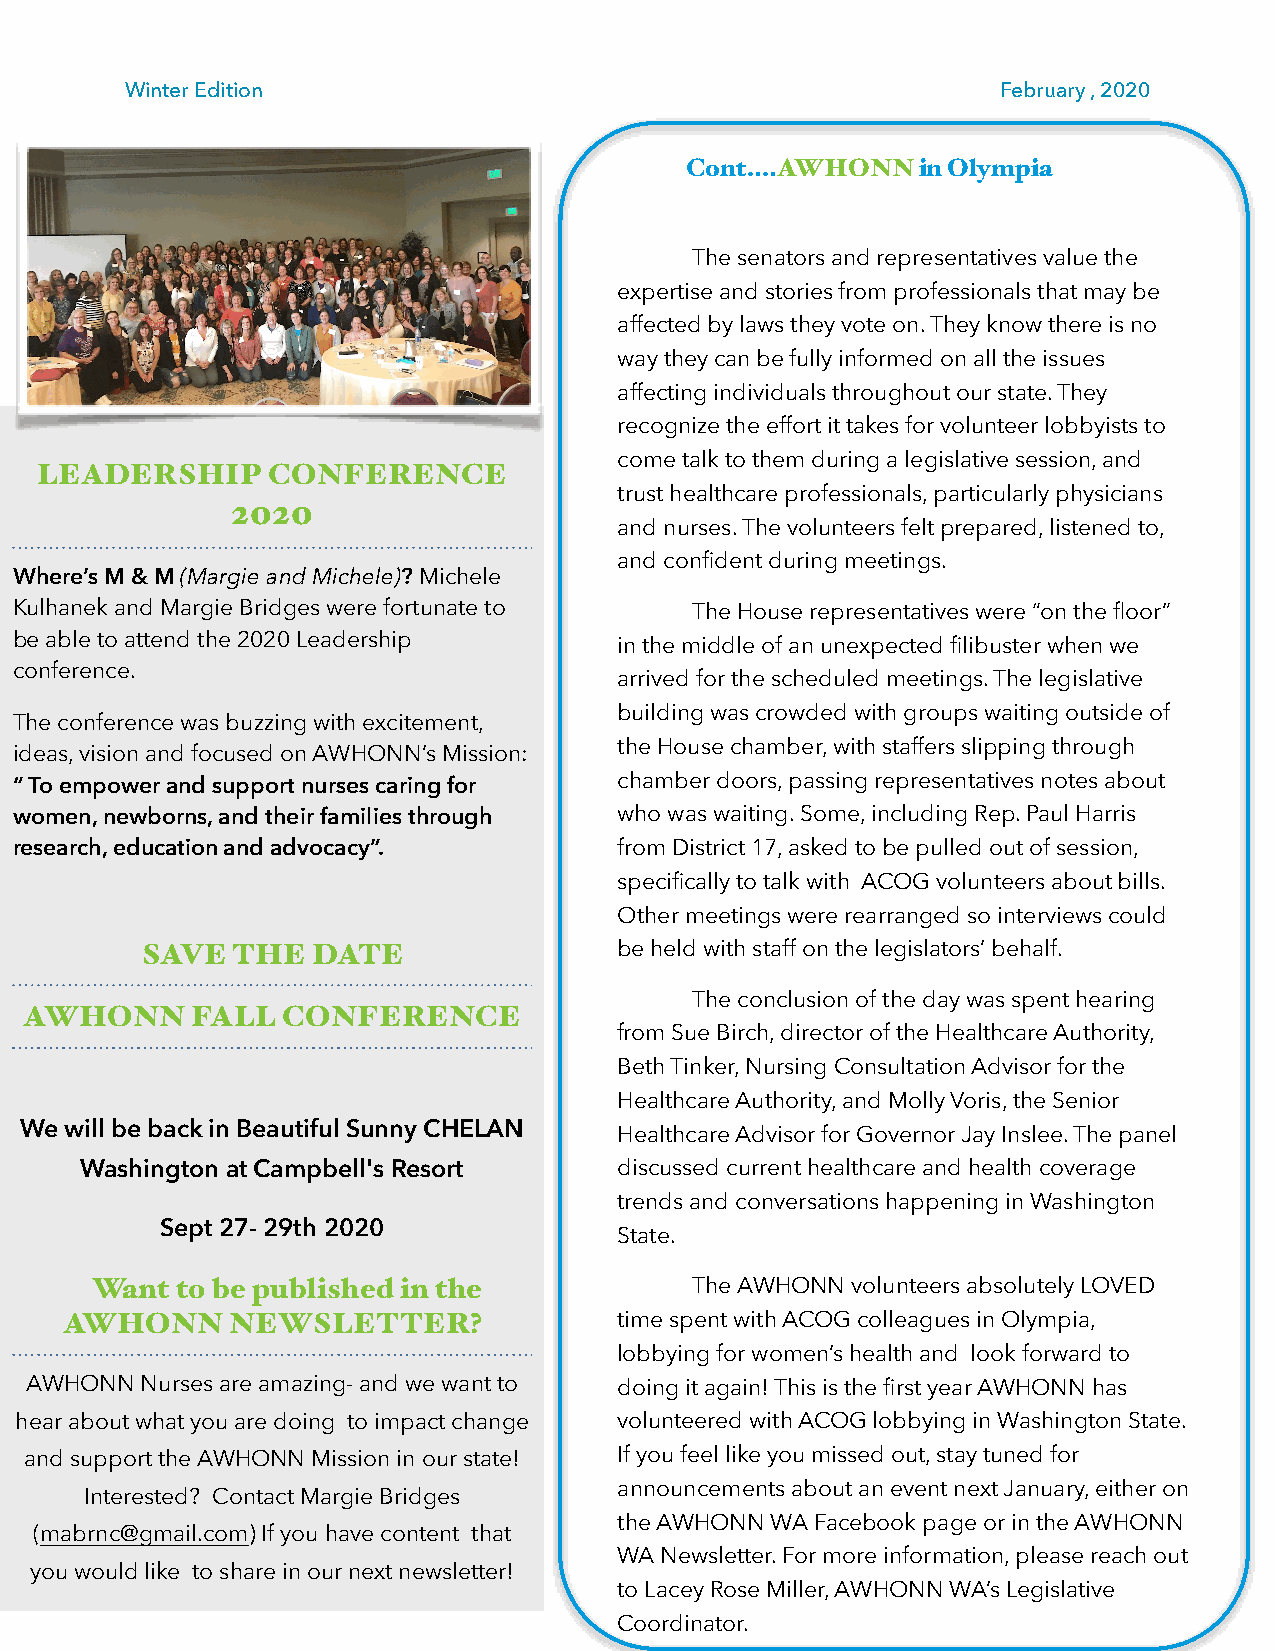
Winter Edition                                            February , 2020
 Cont….AWHONN    in Olympia
 The senators and representatives value the
 expertise and stories from professionals that may be
 affected by laws they vote on. They know there is no
 way they can be fully informed on all the issues
 affecting individuals throughout our state. They
 recognize the effort it takes for volunteer lobbyists to
 come talk to them during a legislative session, and
 LEADERSHIP      CONFERENCE
 trust healthcare professionals, particularly physicians
 2020
 and nurses. The volunteers felt prepared, listened to,
 and confident during meetings.
 Where’s M & M (Margie and Michele)? Michele
 Kulhanek and Margie Bridges were fortunate to The House representatives were “on the floor”
 be able to attend the 2020 Leadership   in the middle of an unexpected filibuster when we
 conference.
 arrived for the scheduled meetings. The legislative
 building was crowded with groups waiting outside of
 The conference was buzzing with excitement,
 the House chamber, with staffers slipping through
 ideas, vision and focused on AWHONN’s Mission:
 “ To empower and support nurses caring for chamber doors, passing representatives notes about
 women, newborns, and their families through who was waiting. Some, including Rep. Paul Harris
 research, education and advocacy”.      from District 17, asked to be pulled out of session,
 specifically to talk with ACOG volunteers about bills.
 Other meetings were rearranged so interviews could
 SAVE  THE   DATE                be held with staff on the legislators’ behalf.
 The conclusion of the day was spent hearing
 AWHONN     FALL  CONFERENCE
 from Sue Birch, director of the Healthcare Authority,
 Beth Tinker, Nursing Consultation Advisor for the
 Healthcare Authority, and Molly Voris, the Senior
 We will be back in Beautiful Sunny CHELAN Healthcare Advisor for Governor Jay Inslee. The panel
 Washington at Campbell's Resort     discussed current healthcare and health coverage
 trends and conversations happening in Washington
 Sept 27- 29th 2020
 State.
 Want  to be published in the            The AWHONN volunteers absolutely LOVED
 AWHONN     NEWSLETTER?               time spent with ACOG colleagues in Olympia,
 lobbying for women’s health and look forward to
 AWHONN Nurses are amazing- and we want to doing it again! This is the first year AWHONN has
 hear about what you are doing to impact change volunteered with ACOG lobbying in Washington State.
 and support the AWHONN Mission in our state! If you feel like you missed out, stay tuned for
 announcements about an event next January, either on
 Interested? Contact Margie Bridges
 the AWHONN WA Facebook page or in the AWHONN
 (mabrnc@gmail.com) If you have content that
 WA Newsletter. For more information, please reach out
 you would like to share in our next newsletter!
 to Lacey Rose Miller, AWHONN WA’s Legislative
 Coordinator.